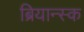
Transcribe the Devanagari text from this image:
ब्रियान्स्क